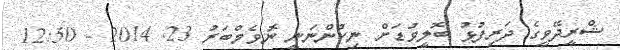
ޝްރީދޭވީގެ ދަރިފުޅު ބޮލީވުޑަށް ނިކުންނަނީ ނޮވެމްބަރު 23